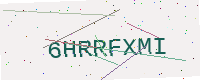
Text: 6HRRFXMI